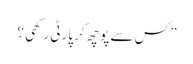
” کس سے پوچھ کر پارٹی رکھی ؟